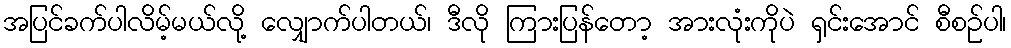
အပြင်ခက်ပါလိမ့်မယ်လို့ လျှောက်ပါတယ်၊ ဒီလို ကြားပြန်တော့ အားလုံးကိုပဲ ရှင်းအောင် စီစဉ်ပါ၊